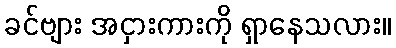
ခင်ဗျား အငှားကားကို ရှာနေသလား။